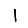
Digit: 1